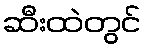
ဆီးထဲတွင်